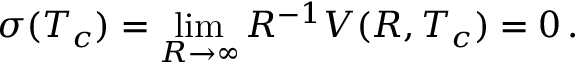
\sigma ( T _ { c } ) = \operatorname * { l i m } _ { R \to \infty } R ^ { - 1 } V ( R , T _ { c } ) = 0 \, { . }